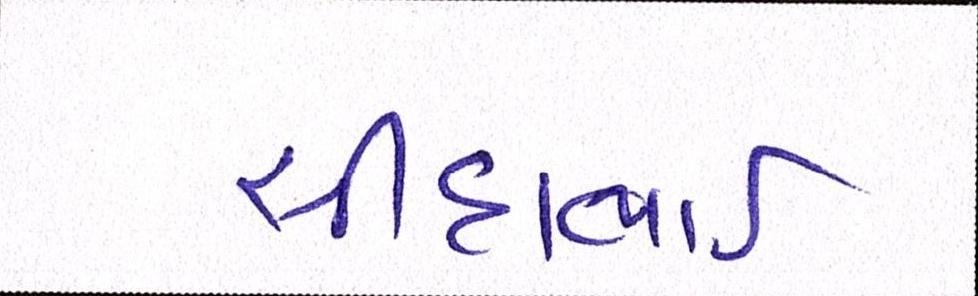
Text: સીદાભાઈ